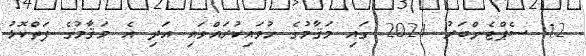
12 ސެޕްޓެންބަރު 2021 ގައި މަޤާމުގެ ހުވައިކުރައްވައި އަދި އެ މަޤާމުގެ ފަތްކޮޅު